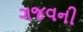
ગજવની